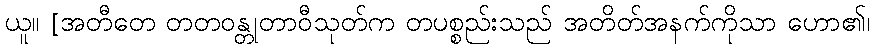
ယူ။ [အတီတေ တတဝန္တုတာဝီသုတ်က တပစ္စည်းသည် အတိတ်အနက်ကိုသာ ဟော၏၊